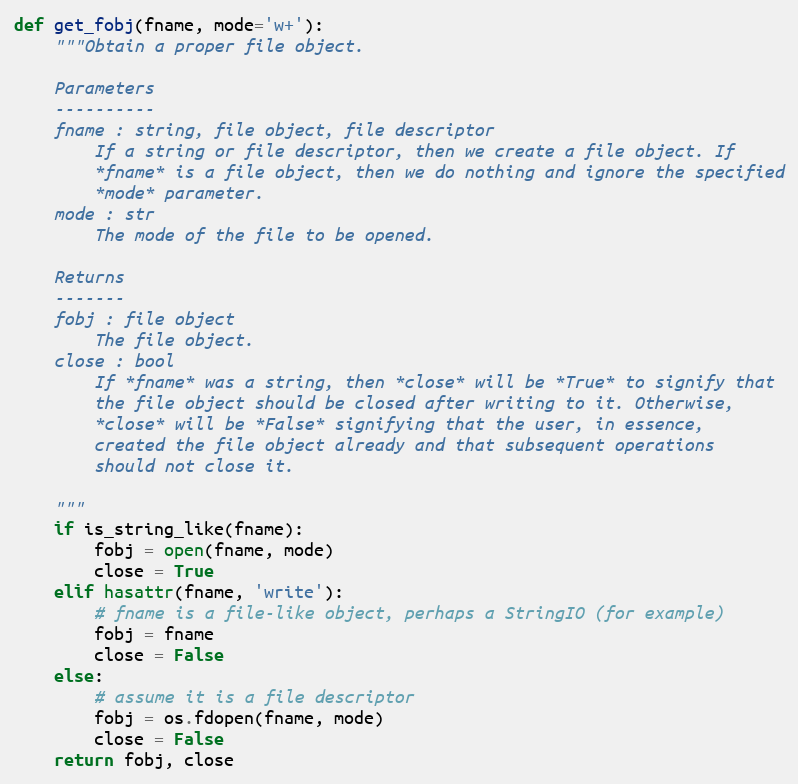
Language: Python
def get_fobj(fname, mode='w+'):
    """Obtain a proper file object.

    Parameters
    ----------
    fname : string, file object, file descriptor
        If a string or file descriptor, then we create a file object. If
        *fname* is a file object, then we do nothing and ignore the specified
        *mode* parameter.
    mode : str
        The mode of the file to be opened.

    Returns
    -------
    fobj : file object
        The file object.
    close : bool
        If *fname* was a string, then *close* will be *True* to signify that
        the file object should be closed after writing to it. Otherwise,
        *close* will be *False* signifying that the user, in essence,
        created the file object already and that subsequent operations
        should not close it.

    """
    if is_string_like(fname):
        fobj = open(fname, mode)
        close = True
    elif hasattr(fname, 'write'):
        # fname is a file-like object, perhaps a StringIO (for example)
        fobj = fname
        close = False
    else:
        # assume it is a file descriptor
        fobj = os.fdopen(fname, mode)
        close = False
    return fobj, close